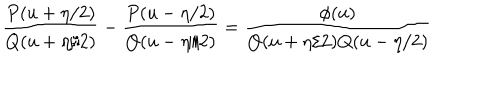
\frac { P ( u + \eta / 2 ) } { Q ( u + \eta / 2 ) } - \frac { P ( u - \eta / 2 ) } { Q ( u - \eta / 2 ) } = \frac { \phi ( u ) } { Q ( u + \eta / 2 ) Q ( u - \eta / 2 ) }